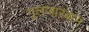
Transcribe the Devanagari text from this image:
गुलजा़रबाग